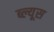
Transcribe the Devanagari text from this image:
ब्ल्यूस